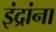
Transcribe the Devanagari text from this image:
इंद्रांना